Indian journal of veterinary science and animal husbandry - Volume 7,
Year: 1937
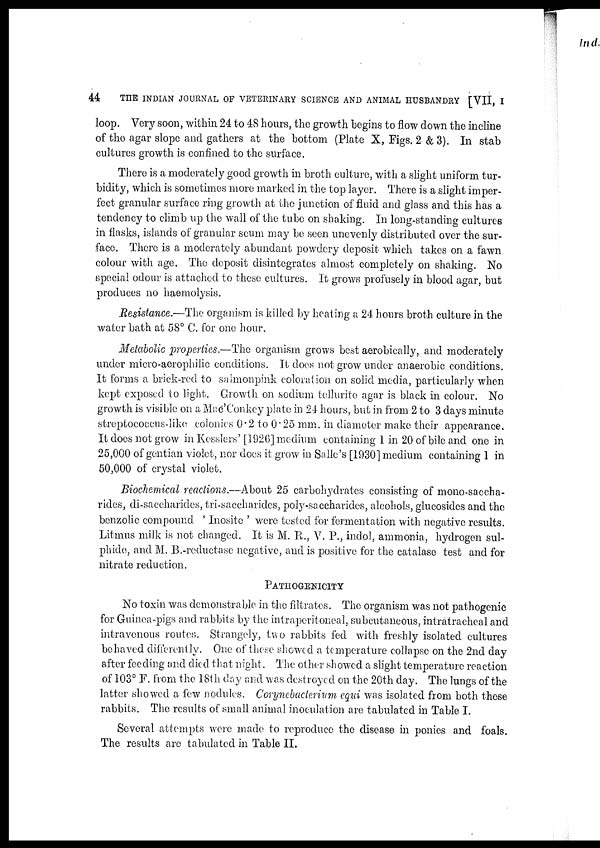
44
THE INDIAN JOURNAL OF VETERINARY SCIENCE AND ANIMAL HUSBANDRY [VII, I
loop. Very soon, within 24 to 48 hours, the growth begins to flow down the incline
of the agar slope and gathers at the bottom (Plate X, Figs. 2 & 3). In stab
cultures growth is confined to the surface.
There is a moderately good growth in broth culture, with a slight uniform tur-
bidity, which is sometimes more marked in the top layer. There is a slight imper-
fect granular surface ring growth at the junction of fluid and glass and this has a
tendency to climb up the wall of the tube on shaking. In long-standing cultures
in flasks, islands of granular scum may be seen unevenly distributed over the sur-
face. There is a moderately abundant powdery deposit which takes on a fawn
colour with age. The deposit disintegrates almost completely on shaking. No
special odour is attached to these cultures. It grows profusely in blood agar, but
produces no haemolysis.
Resistance.—The organism is killed by heating a 24 hours broth culture in the
water bath at 58° C. for one hour.
Metabolic properties.—The organism grows best aerobically, and moderately
under micro-aerophilic conditions. It does not grow under anaerobic conditions.
It forms a brick-red to salmonpink coloration on solid media, particularly when
kept exposed to light. Growth on sodium tellurite agar is black in colour. No
growth is visible on a Mac'Conkey plate in 24 hours, but in from 2 to 3 days minute
streptococcus-like colonies 0.2 to 0.25 mm. in diameter make their appearance.
It does not grow in Kesslers' [1926] medium containing 1 in 20 of bile and one in
25,000 of gentian violet, nor does it grow in Salle's [1930] medium containing 1 in
50,000 of crystal violet.
Biochemical reactions.—About 25 carbohydrates consisting of mono-saccha¬-
rides, di-saccharides, tri-saccharides, poly-saccharides, alcohols, glucosides and the
benzolic compound ' Inosite ' were tested for fermentation with negative results.
Litmus milk is not changed. It is M. R., V. P., indol, ammonia, hydrogen sul-
phide, and M. B.-reductase negative, and is positive for the catalase test and for
nitrate reduction.
PATHOGENICITY
No toxin was demonstrable in the filtrates. The organism was not pathogenic
for Guinea-pigs and rabbits by the intraperitoneal, subcutaneous, intratracheal and
intravenous routes. Strangely, two rabbits fed with freshly isolated cultures
behaved differently. One of these showed a temperature collapse on the 2nd day
after feeding and died that night. The other showed a slight temperature reaction
of 103° F. from the 18th day and was destroyed on the 20th day. The lungs of the
latter showed a few nodules. Corynebacterium equi was isolated from both these
rabbits. The results of small animal inoculation are tabulated in Table I.
Several attempts were made to reproduce the disease in ponies and foals.
The results are tabulated in Table II.